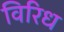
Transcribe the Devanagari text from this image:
विरिध